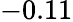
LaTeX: -0.11